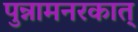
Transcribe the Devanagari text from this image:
पुन्नामनरकात्